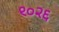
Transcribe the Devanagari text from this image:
९०२६